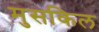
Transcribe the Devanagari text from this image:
मुसकिल